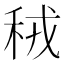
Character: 䄾